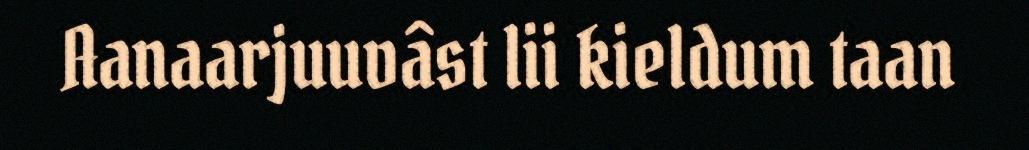
Aanaarjuuvâst lii kieldum taan